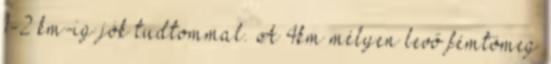
1-2 km-ig jók tudtommal. A 4km mélyen levő fémtömeg